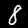
Digit: 8